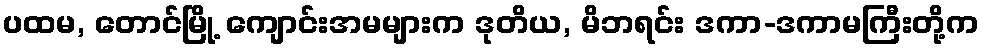
ပထမ, တောင်မြို့ ကျောင်းအမများက ဒုတိယ, မိဘရင်း ဒကာ-ဒကာမကြီးတို့က